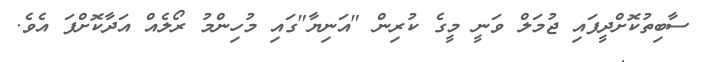
ސާބިތުކޮށްދީފައި ޖުމަލް ވަނީ މީގެ ކުރިން "އަނިޔާ"ގައި މުހިންމު ރޯލެއް އަދާކޮށްފަ އެވެ.